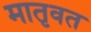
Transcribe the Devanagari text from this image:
मातृवत